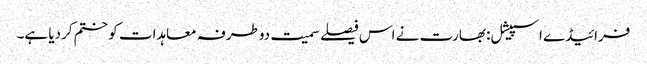
فرائیڈے اسپیشل: بھارت نے اس فیصلے سمیت دوطرفہ معاہدات کو ختم کردیا ہے۔